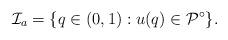
LaTeX: \begin{align*}\mathcal{I}_{a}=\{q\in(0,1):u(q)\in\mathcal{P}^{\circ}\}.\end{align*}